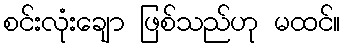
စင်းလုံးချော ဖြစ်သည်ဟု မထင်။